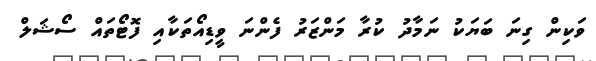
ވަކިން ގިނަ ބަޔަކު ނަމާދު ކުރާ މަންޒަރު ފެންނަ ވީޑިއޯތަކާއި ފޮޓޯތައް ސޯޝަލް